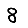
Digit: 8